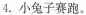
4.小兔子赛跑。